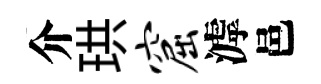
介珙窟滹邑